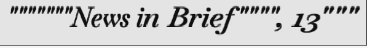
"""""""News in Brief"""", 13"""